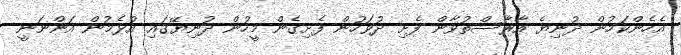
އެހެންކަމުން ދުނިޔެ އާރާސްތުވާން ފެށި ދުވަހުން ފެށިގެން މީހުން ދުނިޔޭގައި އުޅެމުން އަންނަނީ